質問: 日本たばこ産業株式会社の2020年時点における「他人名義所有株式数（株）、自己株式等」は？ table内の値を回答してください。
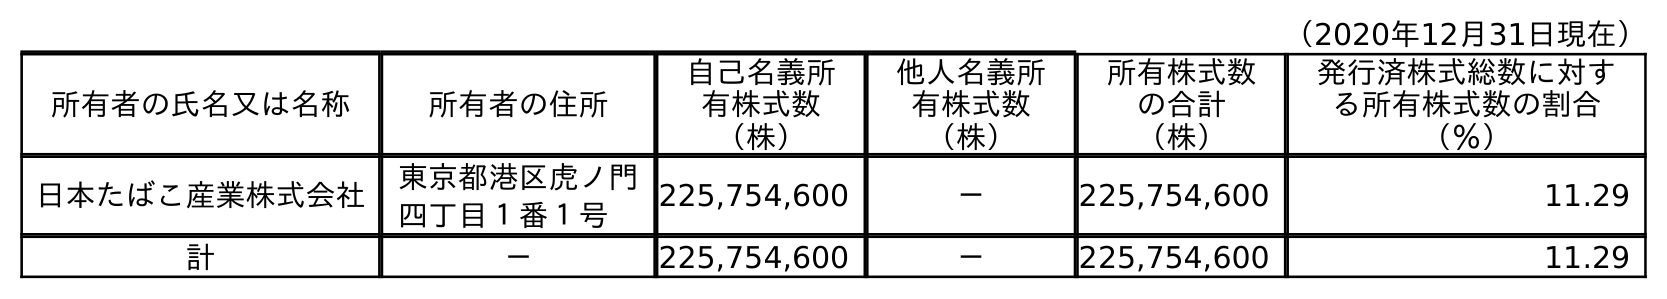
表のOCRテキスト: （2020年12月31日現在） 所有者の氏名又は名称 所有者の住所 自己名義所 有株式数 （株） 他人名義所 有株式数 （株） 所有株式数 の合計 （株） 発行済株式総数に対す る所有株式数の割合 （％） 日本たばこ産業株式会社 東京都港区虎ノ門 四丁目１番１号 225,754,600 － 225,754,600 11.29 計 － 225,754,600 － 225,754,600 11.29
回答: －